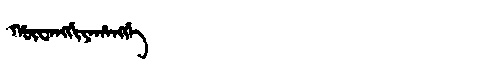
Manchu: ᡥᡡᠸᠠᠩᡤᡳᠶᠠᡥᠠᠩᡤᡝ
Romanization: HŪWANGGIYAHANGGE